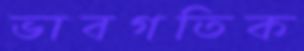
ভাবগতিক